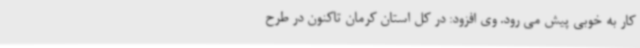
کار به خوبی پیش می رود. وی افزود: در کل استان کرمان تاکنون در طرح